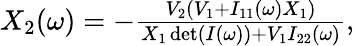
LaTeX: \begin{array}{r}{X_{2}(\omega)=-\frac{V_{2}(V_{1}+I_{11}(\omega)X_{1})}{X_{1}\operatorname*{det}(I(\omega))+V_{1}I_{22}(\omega)},}\end{array}